Statistical return of the lunatic asylum in Assam - 1912-1932
Year: 1912
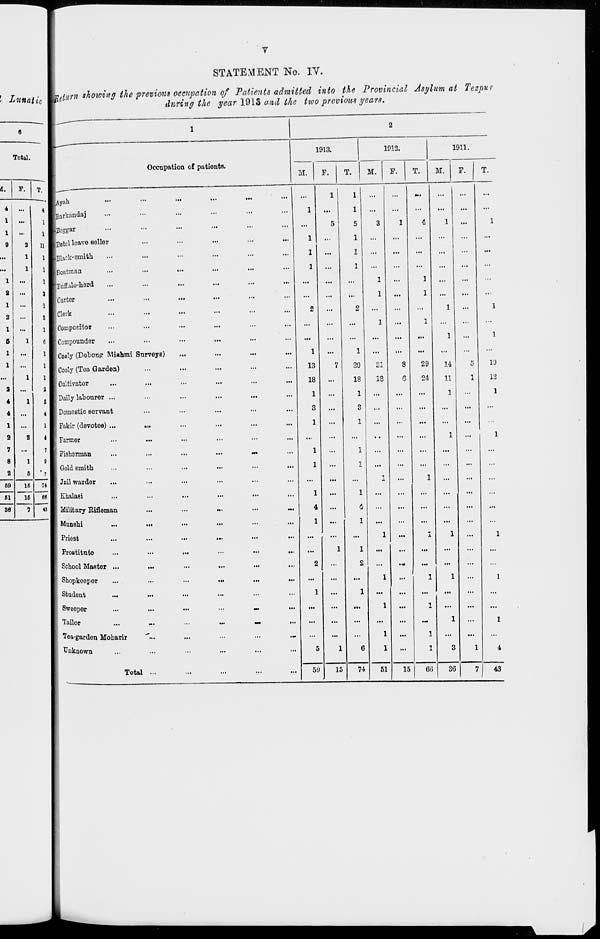
STATEMENT No. IV.
! Zunati tc
leiurn showing the previous occupation of Patients admitted into the Provincial Asylum at Tezpur
during the year 1913 and the tioo previous years.
Total.
a.
4
...
1
...
1
...
9
a 11 1
...
l
...
l
1
...
2
...
1
...
a ...
l ...
5
l
1
...
1
...
...
l
a ...
4
l
4
...
1
...
a
8
i
...
8
1
2
6 • -
69
16
74
61
16
61
"
1
M
1
2
Occupation of patients.
1913.
1912.
1911.
M.
F.
T.
M.
F.
T.
M.
F.
T.
———-
1
Ayah
•••
•"
•••
...
...
...
...
1
1
...
...
«•>
...
...
...
Barkandaj
...
...
...
1
...
1
...
...
...
...
...
...
Jeggar
•••
•••
•••
...
...
...
...
5
5
3
1
4
1
...
1
Betel leave seller
...
...
...
1
...
1
...
...
...
...
...
...
Black-Gmith
...
...
...
1
...
1
...
...
...
...
...
...
Boatman
...
....
...
...
...
...
1
...
1
...
...
...
...
...
...
Buffalo-herd
...
...
...
...
...
...
1
...
1
...
...
...
Carter
•••
•>•
•••
...
...
...
...
...
...
1
...
1
...
...
..:
Clerk
...
•■»
•••
...
...
...
2
...
2
...
...
...
1
...
1
Compositor
...
...
...
...
...
...
1
...
1
...
...
...
Compound9r
...
...
...
...
...
...
...
...
...
1
...
1
Cooly (Dehonpr Miahmi Surveys)
...
...
...
1
...
1
...
...
...
...
...
...
Cooly (Tea Garden)
...
...
...
13
7
20
si
8
29
14
5
l'J
Cultivator
...
...
...
18
...
18
18
Q
24
11
1
12
Daily labourer ...
...
...
...
1
...
1
...
...
...
1
1
Domestic servant
...
...
...
3
...
o
...
...
...
...
...
...
Fakir (devotee) ...
».
...
...
...
1
...
1
...
...
...
...
...
...
Farmer
...
...
...
...
...
...
...
...
...
...
...
1
...
1
Fisherman
...
~
...
1
...
1
...
...
...
...
...
...
Gold smith
...
...
...
1
...
I
...
...
...
...
...
...
Jail warder
...
...
...
...
...
...
1
...
1
...
...
...
Ehalasi
...
...
...
1
...
1
...
...
...
...
...
...
Military Eifleman
...
...
Ml
4
...
4
...
...
...
...
...
...
Munshi
„.
...
...
...
...
1
...
1
...
...
...
...
...
lnest
...
...
...
...
...
...
...
...
...
1
...
1
1
...
1
Prostitute
...
...
„.
...
...
...
...
1
1
...
...
...
...
...
School Master ...
...
...
...
2
...
2
...
IM
...
...
...
Shopkeeper
...
...
...
...
...
...
1
...
1
1
...
1
Student
...
...
...
1
...
1
...
...
...
...
...
Sweeper
...
m.
...
...
...
...
1
...
i
...
...
Ta ilor
«.
m.
...
...
...
...
...
...
—
1
...
1
Tea-garden Moharir
...
...
.-
...
...
...
1
...
1
...
...
Unknown
...
...
...
5
1
6
1
...
1
3
1
4
Total ...
5'J
15
74
51
15
60
36
7
43